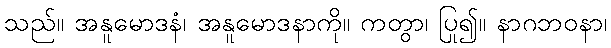
သည်။ အနူမောဒနံ၊ အနူမောဒနာကို။ ကတွာ၊ ပြု၍။ နာဂဘဝနာ၊